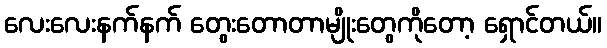
လေးလေးနက်နက် တွေးတောတာမျိုးတွေကိုတော့ ရှောင်တယ်။